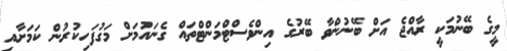
މީގެ ބޭނުމަކީ ރާއްޖެ އަށް ބޭނުންވާ ބޭރުގެ އިންވެސްޓްމަންޓްތައް ގެނައުމަށް މަގުފަހިކުރުން ކަމަށާއި